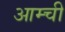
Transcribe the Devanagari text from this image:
आम्ची